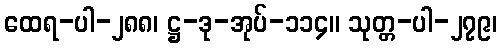
ထေရ-ပါ-၂၈၈၊ ဋ္ဌ-ဒု-အုပ်-၁၁၄။ သုတ္တ-ပါ-၂၇၉၊